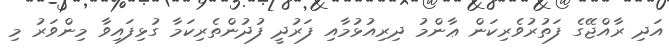
އަދި ރާއްޖޭގެ ފަތުރުވެރިކަން ޢާންމު ދިރިއުޅުމާއި ފަރުދީ ފުދުންތެރިކަމާ ގުޅިފައިވާ މިންވަރު މި